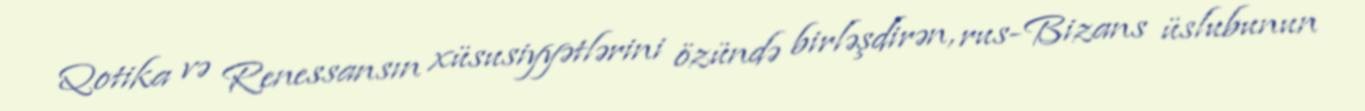
Qotika və Renessansın xüsusiyyətlərini özündə birləşdirən, rus-Bizans üslubunun